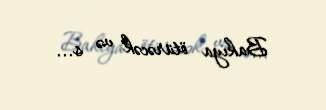
Bakıya ötürəcək və s...